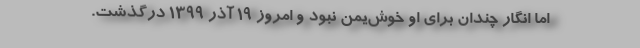
اما انگار چندان برای او خوش‌یُمن نبود و امروز 19 آذر 1399 درگذشت.